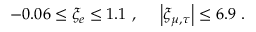
- 0 . 0 6 \leq \xi _ { e } \leq 1 . 1 ~ , ~ ~ ~ ~ \left| \xi _ { \mu , \tau } \right| \leq 6 . 9 ~ .